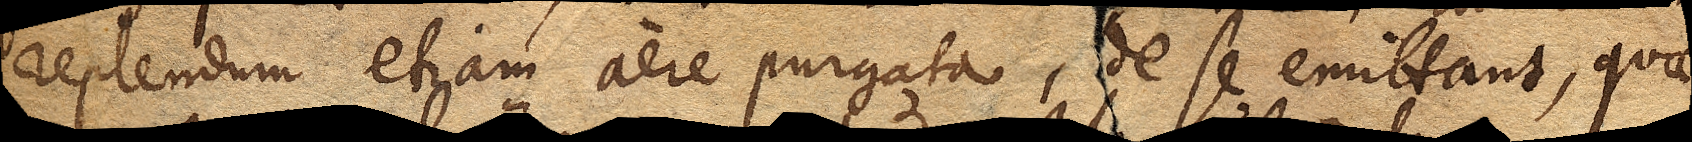
replendum etiam aere purgata, de se emittant, quae